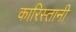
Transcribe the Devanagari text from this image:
कारिस्तानी